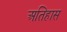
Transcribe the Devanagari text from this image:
अतिहास